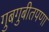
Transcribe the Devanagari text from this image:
गुबगुबीतपणा